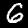
Label: 6